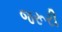
જરૂરી